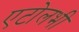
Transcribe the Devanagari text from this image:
एटोलभी